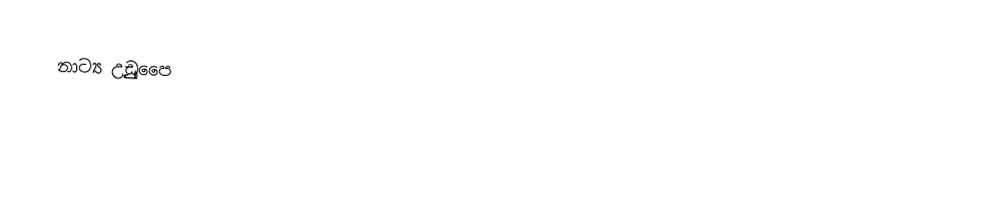
නාට්‍ය  උඩුුුපෙෙ